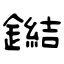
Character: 鐑